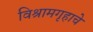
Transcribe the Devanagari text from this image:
विश्रामगृहाचे